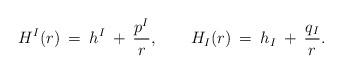
LaTeX: \begin{align*}H^I(r) \:=\: h^I \: + \: \frac{p^I}{r}, \qquad H_I(r) \:=\: h_I \: + \: \frac{q_I}{r}.\end{align*}